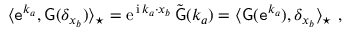
\begin{array} { r } { \langle \mathtt { e } ^ { k _ { a } } , \mathsf { G } ( \delta _ { x _ { b } } ) \rangle _ { \star } = { \mathrm { e } } ^ { \, { \mathrm { i } } \, k _ { a } \cdot x _ { b } } \, \tilde { \mathsf { G } } ( k _ { a } ) = \langle \mathsf { G } ( \mathtt { e } ^ { k _ { a } } ) , \delta _ { x _ { b } } \rangle _ { \star } \ , } \end{array}